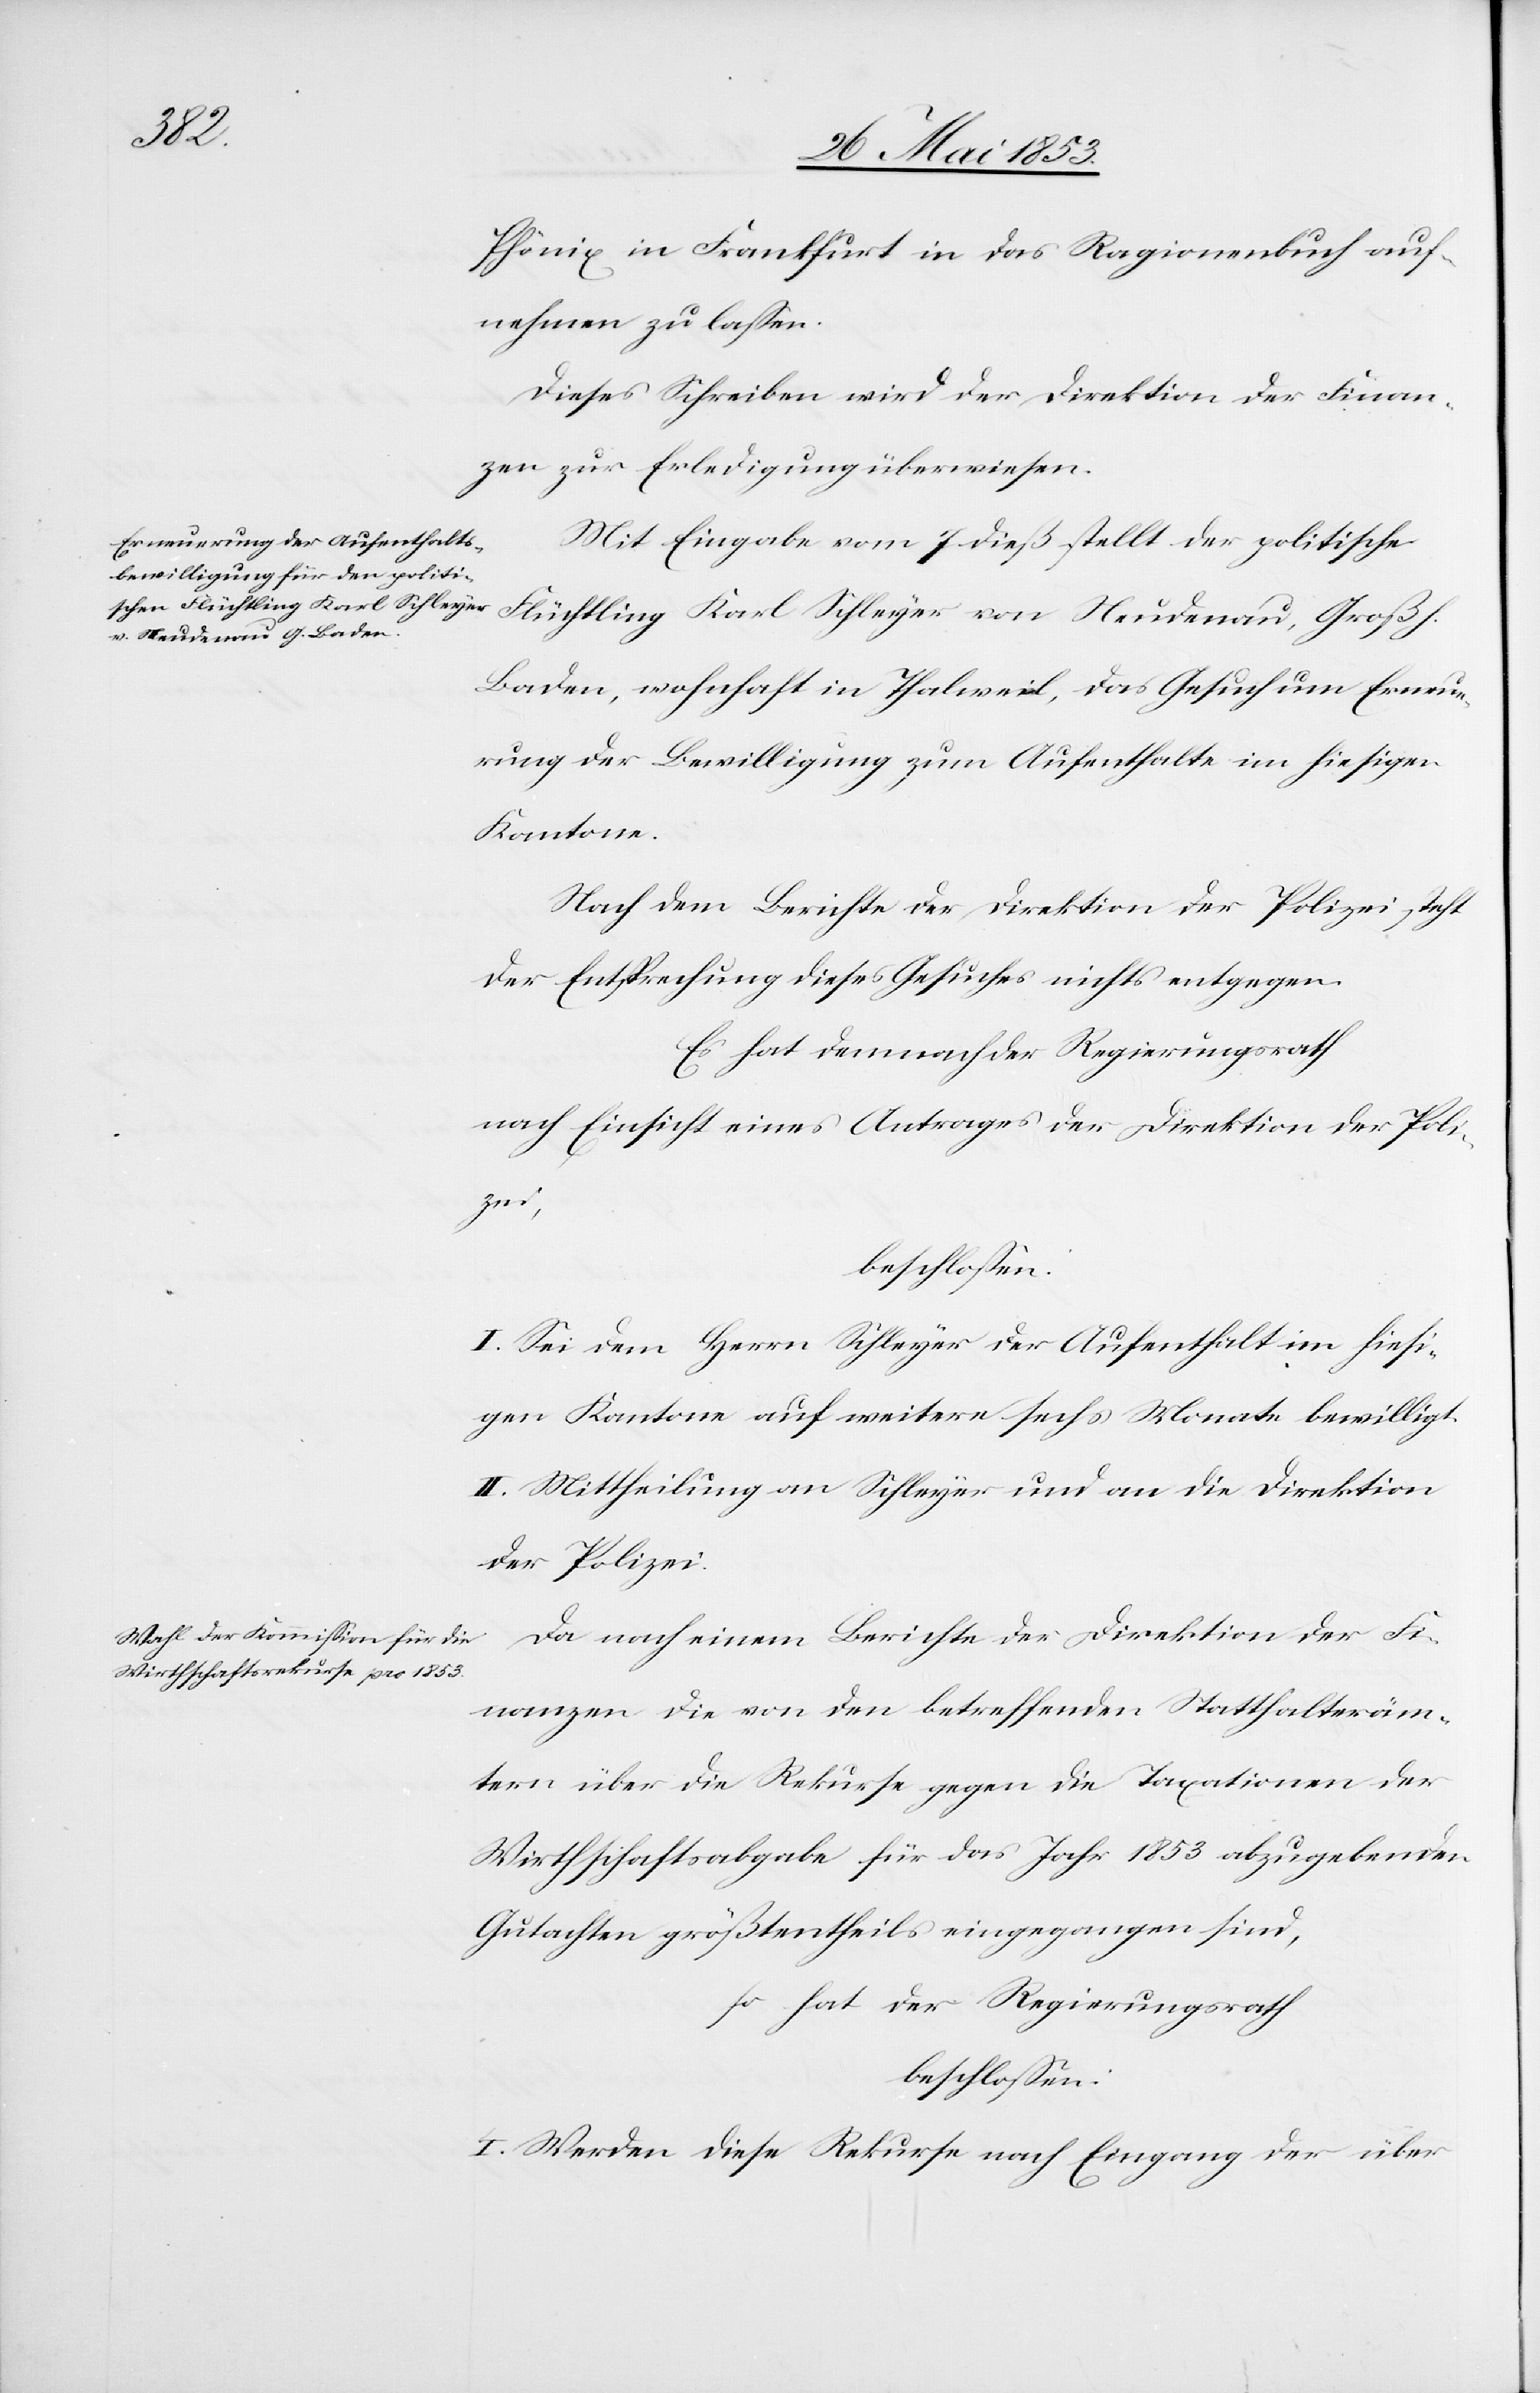
Phönix in Frankfurt in das Ragionenbuch auf¬
nehmen zu laßen.
Dieses Schreiben wird der Direktion der Finan¬
zen zur Erledigung überwiesen.
Mit Eingabe vom 7 dieß stellt der politische
Flüchtling Karl Schleyer von Heudenau, Großh.
Baden, wohnhaft in Thalweil, das Gesuch um Erneue¬
rung der Bewilligung zum Aufenthalte im hiesigen
Kantone.
Nach dem Berichte der Direktion der Polizei steht
der Entsprechung dieses Gesuches nichts entgegen.
Es hat demnach der Regierungsrath
nach Einsicht eines Auftrages der Direktion der Pol¬
izei,
I. Sei dem Herrn Schleyer der Aufenthalt im hiesi¬
gen Kantone auf weitere sechs Monate bewilligt.
II. Mittheilung an Schleyer und an die Direktion
der Polizei.
Da nach einem Berichte der Direktion der Fi¬
nanzen die von den betreffenden Statthalteräm¬
tern über die Rekurse gegen die Taxationen der
Wirthschaftsabgabe für das Jahr 1853 abzugebenden
Gutachten größtentheils eingegangen sind,
so hat der Regierungsrath
beschloßen:
I. Werden diese Rekurse nach Eingang der über